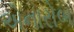
એનારોબ